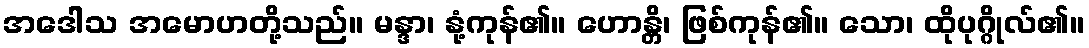
အဒေါသ အမောဟတို့သည်။ မန္ဒာ၊ နုံ့ကုန်၏။ ဟောန္တိ၊ ဖြစ်ကုန်၏။ သော၊ ထိုပုဂ္ဂိုလ်၏။